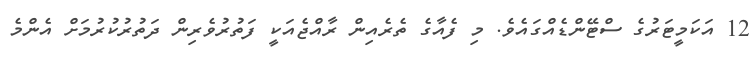
12 އަކަމީޓަރުގެ ސްޓޭންޑެއްގައެވެ. މި ފެއާގެ ތެރެއިން ރާއްޖެއަކީ ފަތުރުވެރިން ދަތުރުކުރުމަށް އެންމެ